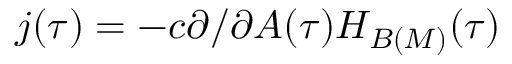
j ( \tau ) = - c \partial / \partial A ( \tau ) { \cal H } _ { B ( M ) } ( \tau )